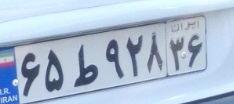
۶۵ط۹۲۸۳۶